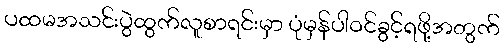
ပထမအသင်းပွဲထွက်လူစာရင်းမှာ ပုံမှန်ပါဝင်ခွင့်ရဖို့အတွက်